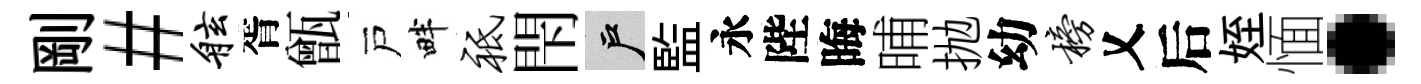
剛#舷胥甑戸畔祗閇户監永陛晦晡抛幼榜乂后姪愐·